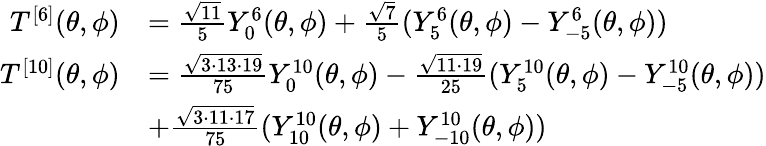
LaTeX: \begin{array}{rl}{T^{[6]}(\theta,\phi)}&{=\frac{\sqrt{11}}{5}Y_{0}^{6}(\theta,\phi)+\frac{\sqrt{7}}{5}(Y_{5}^{6}(\theta,\phi)-Y_{-5}^{6}(\theta,\phi))}\\ {T^{[10]}(\theta,\phi)}&{=\frac{\sqrt{3\cdot 13\cdot 19}}{75}Y_{0}^{10}(\theta,\phi)-\frac{\sqrt{11\cdot 19}}{25}(Y_{5}^{10}(\theta,\phi)-Y_{-5}^{10}(\theta,\phi))}\\ &{+\frac{\sqrt{3\cdot 11\cdot 17}}{75}(Y_{10}^{10}(\theta,\phi)+Y_{-10}^{10}(\theta,\phi))}\end{array}